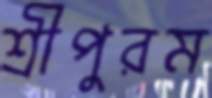
শ্রীপুরম